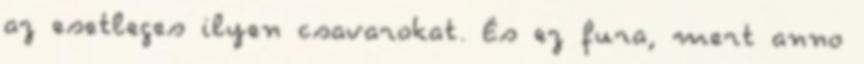
az esetleges ilyen csavarokat. És ez fura, mert anno